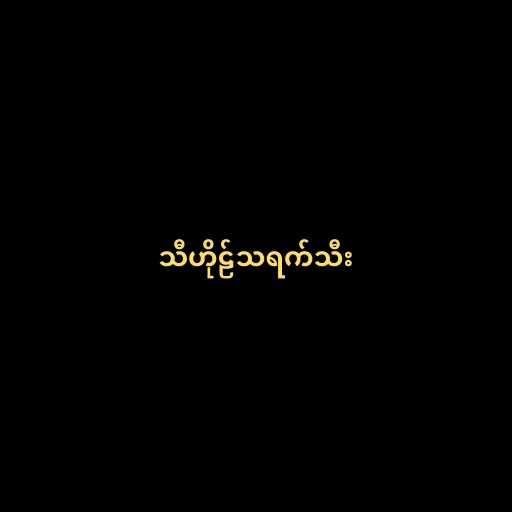
သီဟိုဠ်သရက်သီး